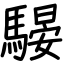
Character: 騴